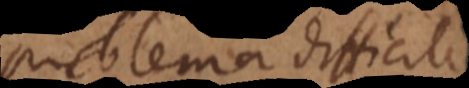
problema difficile